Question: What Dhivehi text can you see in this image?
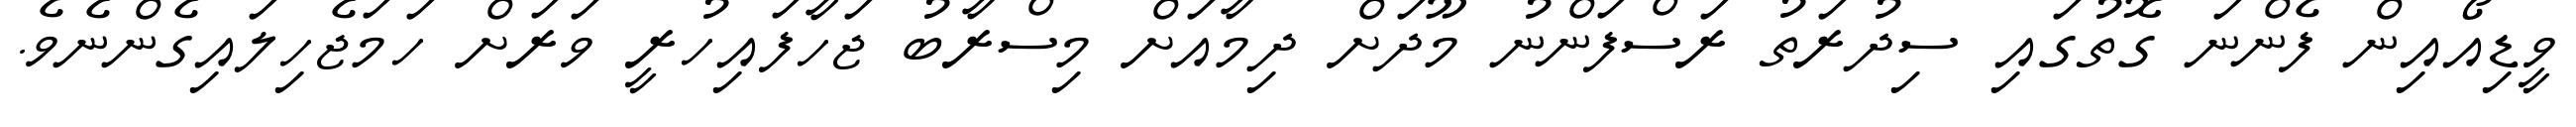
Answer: ވީޑިއޯއިން ފެންނަ ގޮތުގައި ސިދުރަތު ރަސްފަންނު މޫދަށް ދިމާއަށް މިސްރާބު ޖަހާފައިހުރީ ވަރަށް ހަމަޖެހިލައިގެންނެވެ.